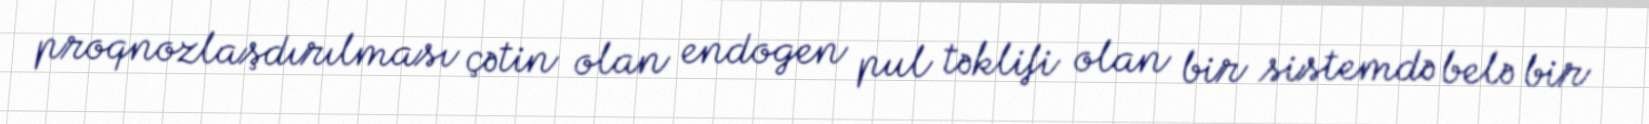
proqnozlaşdırılması çətin olan endogen pul təklifi olan bir sistemdə belə bir